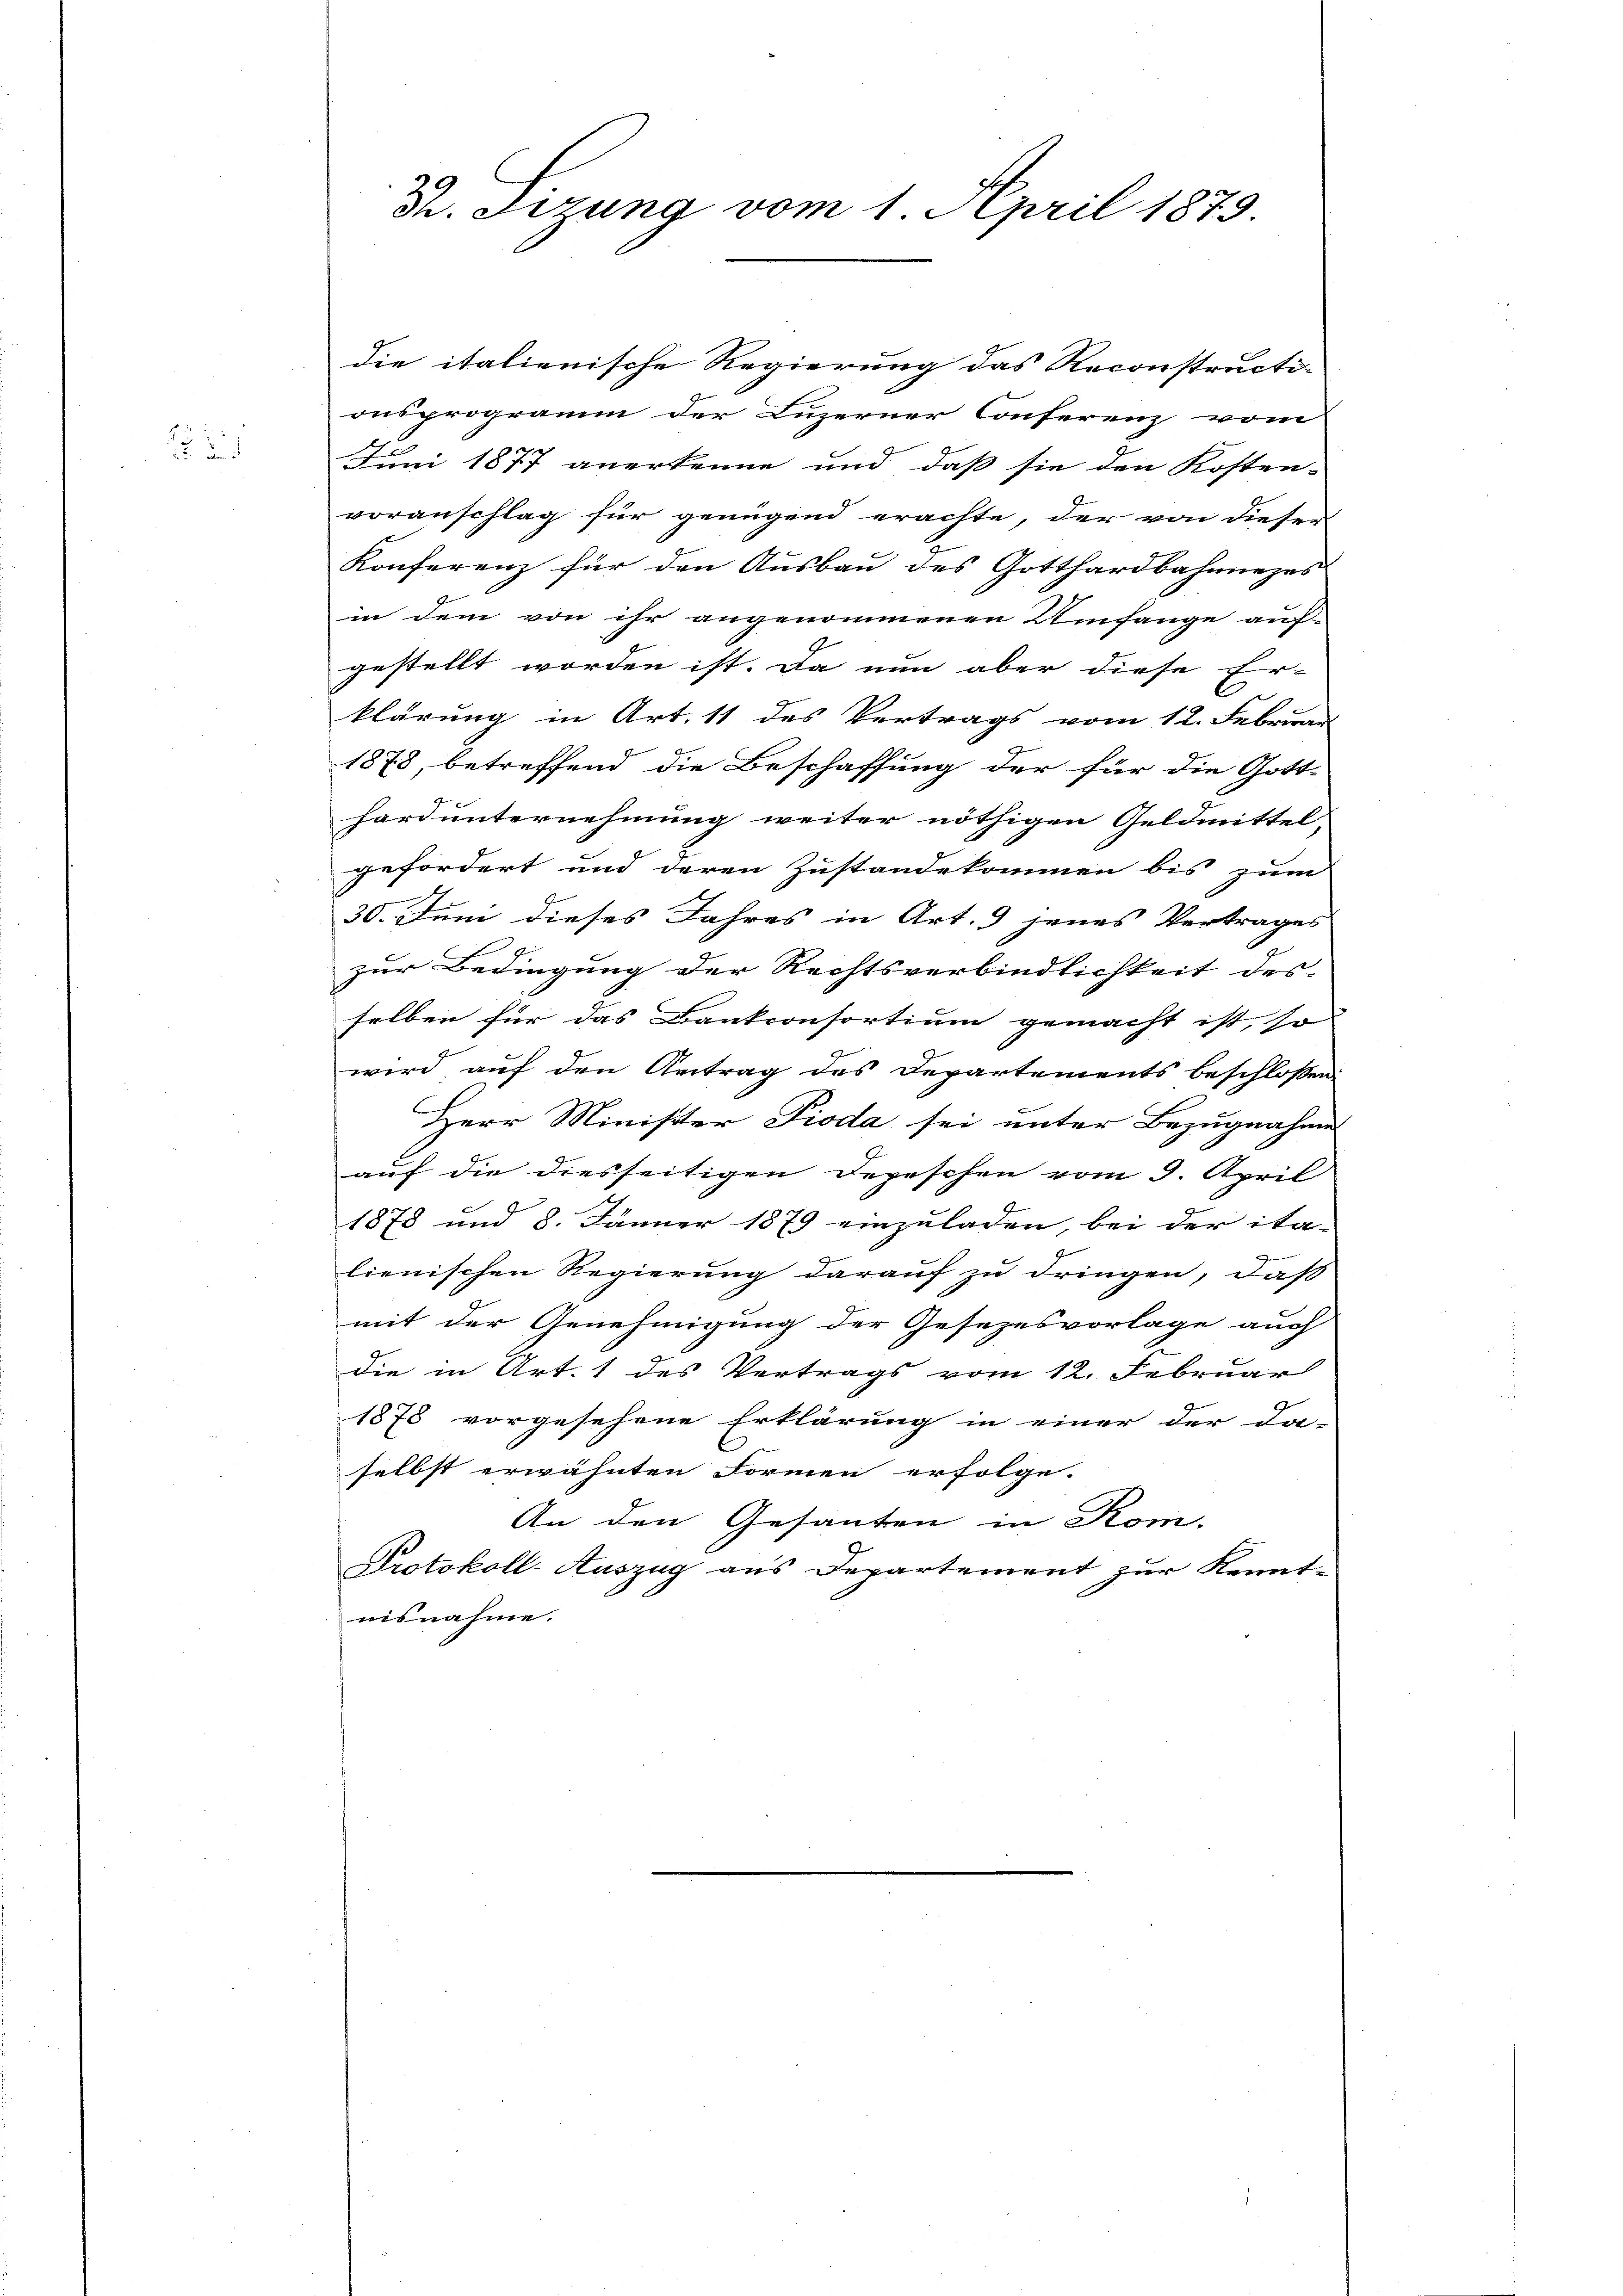
2

Th. Sitzung vom 1. April 1879.

die italienische Regierung das Reconstructi-
onsprogramm der Luzerner Conferenz vom
Juni 1877 anerkenne und daß sie den Kosten-
voranschlag für genügend erachte, der von dieser
Konferenz für den Ausbau des Gotthardbahnnezes
in dem von ihr angenommenen Umfange auf-
gestellt worden ist. Da nun aber diese Er-
i
.
klärung in Art. 11 des Vertrags vom 12. Februar
1878, betreffend die Beschaffung der für die Gott-
hard unternehmung weiter nöthigen Geldmittel,
gefordert und deren Zustandekommen bis zum
30. Juni dieses Jahres in Art. 9 jenes Vertrages
zur Bedingung der Rechtsverbindlichkeit des
selben für das Bankconsortium gemacht ist, so
wird auf den Antrag des Departements beschloßen:
Herr Minister Pioda sei unter Bezugnahme
auf die diesseitigen Depeschen vom 9. April
1878 und 8. Jänner 1879 einzuladen, bei der ita-
lienischen Regierung darauf zu dringen, daß
mit der Genehmigung der Gesezesvorlage auch
die in Art. 1 des Vertrags vom 12. Februar
1878 vorgesehene Erklärung in einer der Da-
selbst erwähnten Formen erfolge.
An den Gesanten in Kom-
Protokoll-Auszug aus Departement zur Kenntnisnahme.